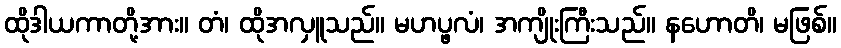
ထိုဒါယကာတို့အား။ တံ၊ ထိုအလှူသည်။ မဟပ္ဖလံ၊ အကျိုးကြီးသည်။ နဟောတိ၊ မဖြစ်။